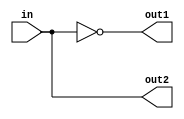
module dec1to2(out1, out2, in);
input  wire in;
output wire out1;
output wire out2;

// Structural
// module_name instance_name(port list);
not not0(out1, in);

// Continuous Assignment
assign out2 = in;

endmodule